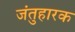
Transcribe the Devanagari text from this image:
जंतुहारक